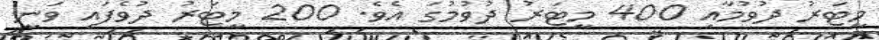
މީޓަރު ދުވުމާއި 400 މީޓަރު ދުވުމުގަ އެވެ. 200 މީޓަރު ދުވެފައި ވަނީ